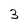
Character: 3